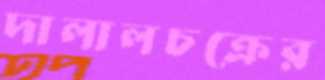
দালালচক্রের